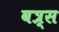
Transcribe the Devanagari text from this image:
वत्र्स